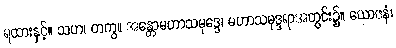
ရထားနှင့်။ သဟ၊ တကွ။ အန္တောမဟာသမုဒ္ဒေ၊ မဟာသမုဒ္ဒရာအတွင်း၌။ ယောဇနံ၊